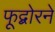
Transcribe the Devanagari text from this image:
फूद्बोरने